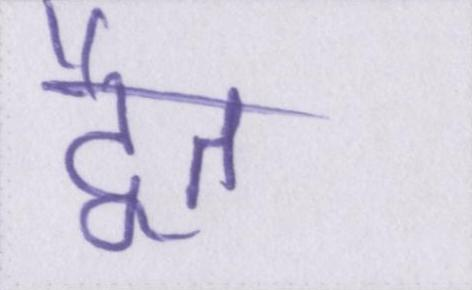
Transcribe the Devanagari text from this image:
द्वैत